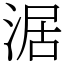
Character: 涺